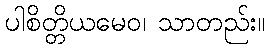
ပါစိတ္တိယမေဝ၊ သာတည်း။